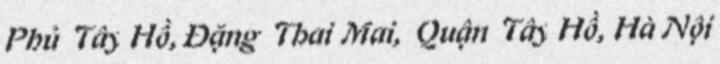
Phủ Tây Hồ, Đặng Thai Mai, Quận Tây Hồ, Hà Nội